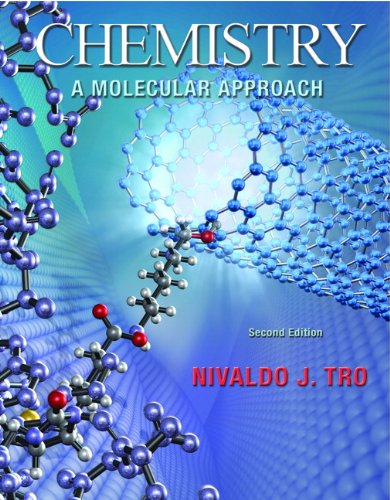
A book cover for Chemistry: A Molecular Approach, Books a la Carte Edition (2nd Edition); Nivaldo J. Tro; Science & Math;